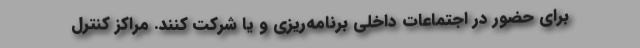
برای حضور در اجتماعات داخلی برنامه‌ریزی و یا شرکت کنند. مراکز کنترل